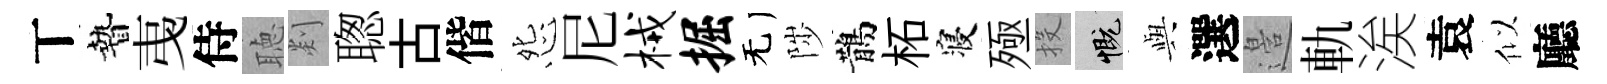
丅贄𢎯侍聴剡聦古偕怨尼械掘无陟鵲柘寝殛投慨𫤰選邉軌涘袁似廳